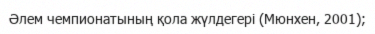
Әлем чемпионатының қола жүлдегері (Мюнхен, 2001);